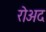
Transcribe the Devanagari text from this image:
रोअद